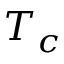
T _ { c }